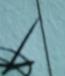
Signature authenticity: forged